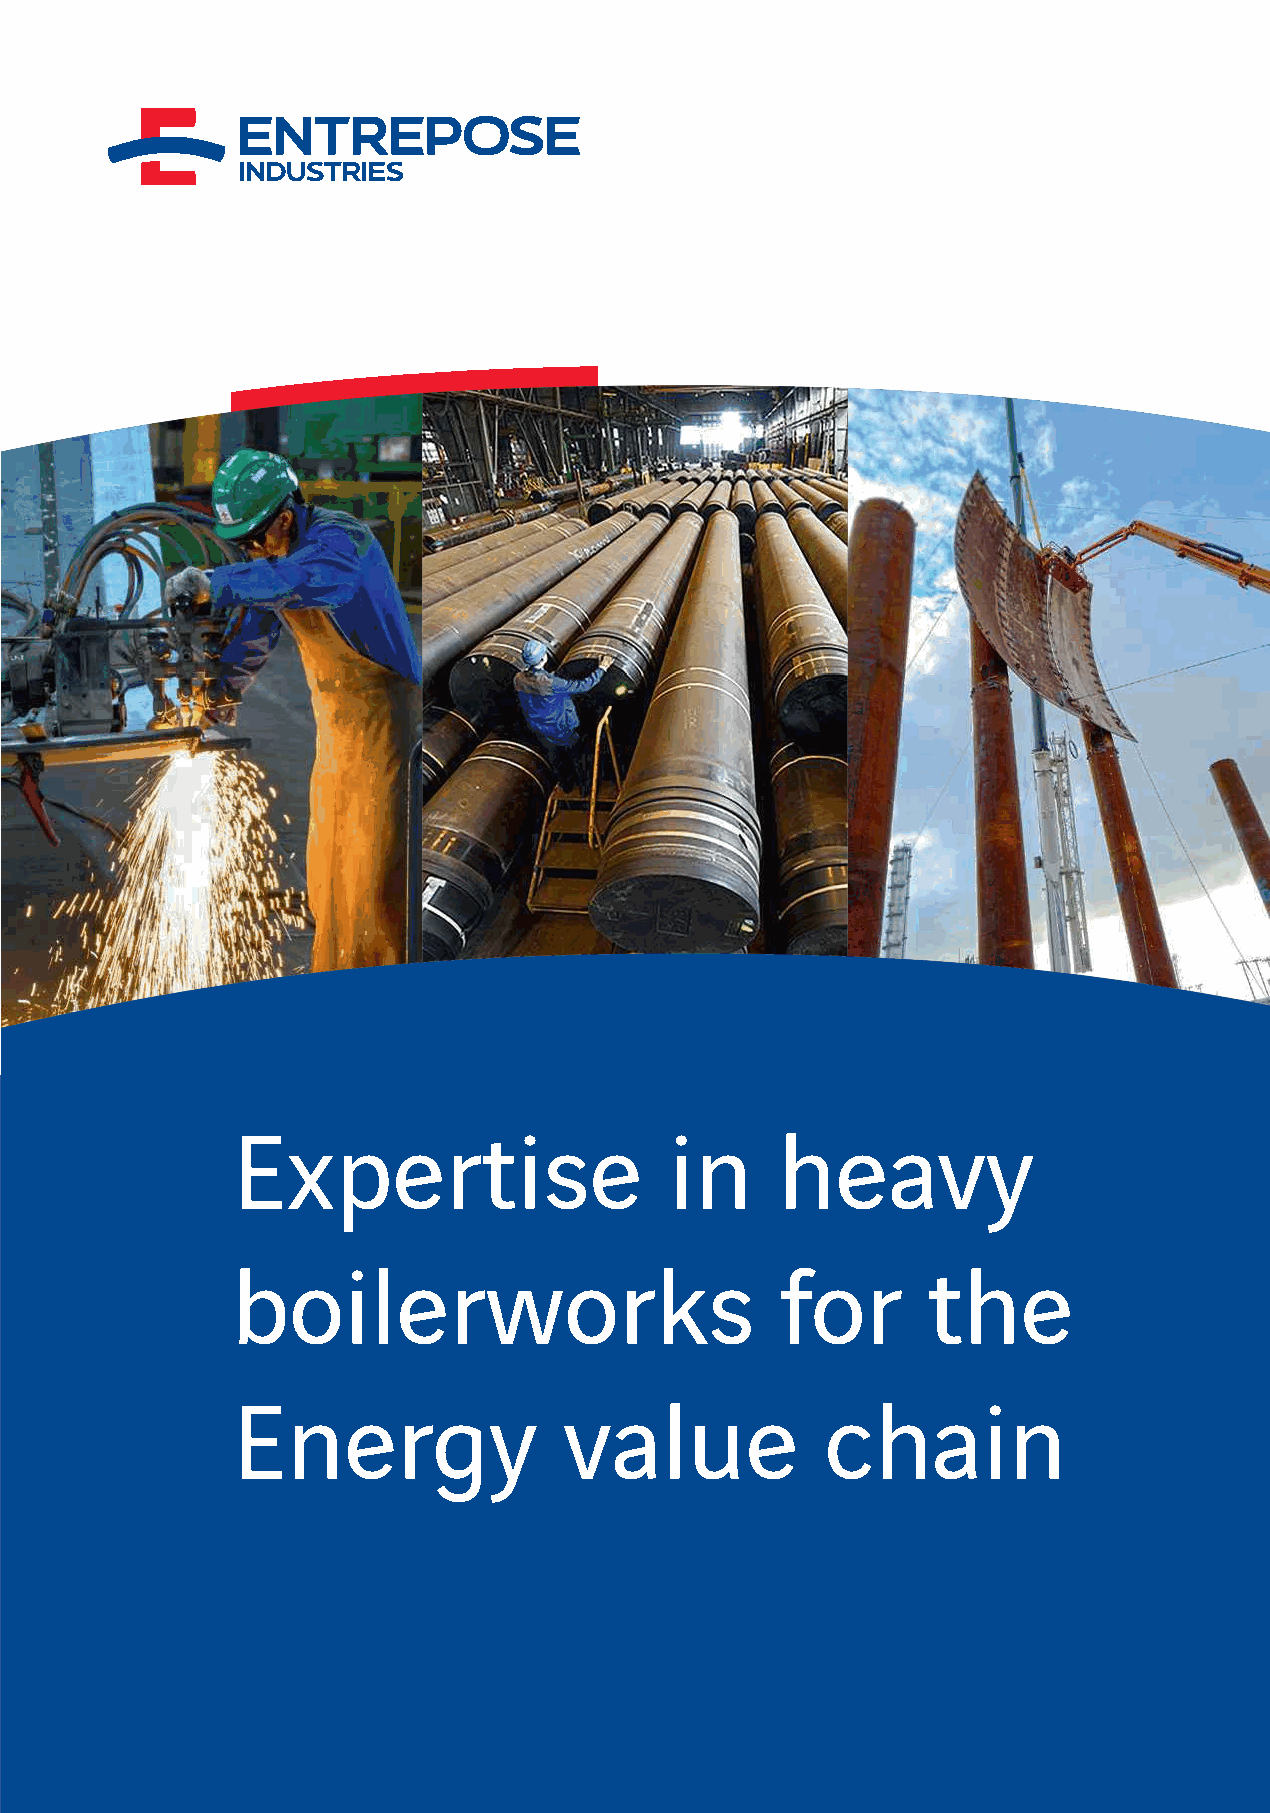
Close to steel mills, ENTREPOSE INDUSTRIES
 is conveniently located and provides
 AMSTERDAM
 PLANT MACHINERY & CERTIFICATES
 a comprehensive range of delivery
 options (road, sea and railways).
 DUNKERQUE
 LONDON
 DUNKIRK
 DUNKERQUE
 BRUSSEL
 LILLE
 AREA CUTTING To meet client’s expectations,
 PARIS
 ENTREPOSE INDUSTRIES has developed
 24000 m² sheltered Plasma and oxycutting
 procedures in accordance with
 90000 m² yard Bevelling machines:
 european and international requirements
 11 m, 12 m and 18 m length
 and holds certifications ASME U, U2 and R.
 LIFTING
 Pipe profiling from 2’’ to 48’’,
 Overhead cranes: 2 x115 T
 8 T/12 T
 14 m under hook
 WELDING
 DISHING
 Automatic shell assembly
 1000 T press ENTREPOSE INDUSTRIES is certified ISO 9001 and ISO 45001.
 (2 stations,150 T/8 m
 2000 T press
 diameter) and welding
 (1 station, 300 T/8 m
 ROLLING
 diameter (2 circular joints
 100 mm x 3 m
 simultaneously)) Expertise                  in     heavy
 40 mm x 4.5 m
 1 Yaskawa welding cell
 HEAT TREATMENT
 6x7x16 m furnace
 boilerworks                          for      the
 PAINTING WORKSHOP
 10x9x64 m
 Energy                value             chain
 Avenue de la Gironde - Z.I. de Petite-Synthe - 59640 Dunkerque - France
 Phone: +33 (0)3 28 29 65 00
 E.mail: contact-industries@entrepose.com
 www.entrepose-industries.com
 GPS : 51°00’07.3"N 2°20’23.8"E
 '
 Entrepose Industries
 1202/90
 noisrev
 - seirtsudnI
 esopertnE
 - yaD
 yppaH/GNL
 euqreknuD
 - yaD
 yppaH
 : sotohp
 - rf.yadyppah.www
 : noitaérc